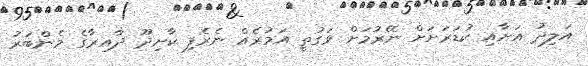
އަލިދު އަށާއި ކުޑަރަށަށް ނޭރުމަށް ވަގުތީ އަމުރެއް ނެރެފި ކާށިދޫ ދާއިރާގެ މެންބަރު